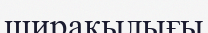
ширақылығы